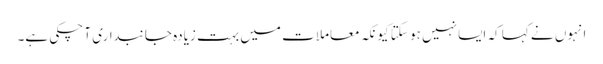
انہوں نے کہا کہ ایسا نہیں ہو سکتا کیونکہ معاملات میں بہت زیادہ جانبداری آ چکی ہے۔